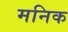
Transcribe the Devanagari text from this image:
मनिक